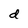
Character: d